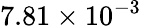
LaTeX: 7.81\times 10^{-3}